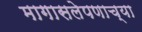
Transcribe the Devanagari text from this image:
मागासलेपणाच्या